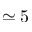
\simeq 5